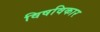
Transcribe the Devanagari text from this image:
विषविकार